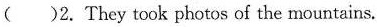
( )2. They took photos of the mountains.